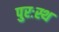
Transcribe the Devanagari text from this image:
पुरःस्थ